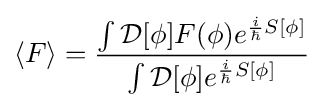
\langle F\rangle ={\frac {\int {\mathcal {D}}[\phi ]F(\phi )e^{{\frac {i}{\hbar }}S[\phi ]}}{\int {\mathcal {D}}[\phi ]e^{{\frac {i}{\hbar }}S[\phi ]}}}